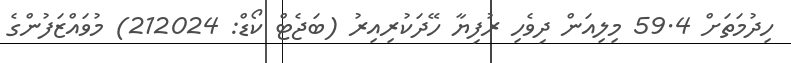
ހިދުމަތަށް 59.4 މިލިއަން ދިވެހި ރުފިޔާ ހޭދަކުރިއިރު (ބަޖެޓް ކޯޑް: 212024) މުވައްޒަފުންގެ